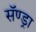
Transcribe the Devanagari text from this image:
सॅण्ड्रा